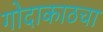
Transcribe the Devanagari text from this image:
गोदाकाठचा